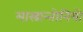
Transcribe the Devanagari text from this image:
मास्त्रान्तोनियो